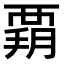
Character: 𧟳